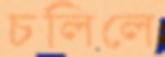
চলিলে